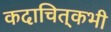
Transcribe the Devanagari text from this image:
कदाचित्‌कभी